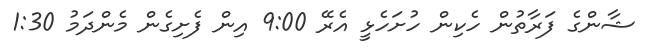
ޝާންގެ ފަރާތުން ހެކިން ހުށަހެޅީ އެރޭ 9:00 އިން ފެށިގެން މެންދަމު 1:30